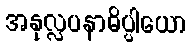
အနုလ္လပနာဓိပ္ပါယော